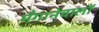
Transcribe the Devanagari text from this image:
मँगानेवालों